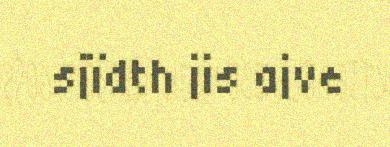
sjïdth jis ajve